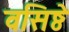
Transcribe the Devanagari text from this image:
वसिष्ठे